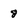
Character: 8